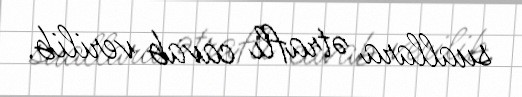
suallara ətraflı cavab verilib.